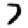
Digit: 7